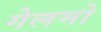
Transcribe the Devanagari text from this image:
गेलमो